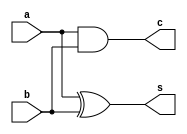
module meio_somador (
    input a,
    input b,
    output s,
    output c
);

assign s = a ^ b;
assign c = a & b;

endmodule